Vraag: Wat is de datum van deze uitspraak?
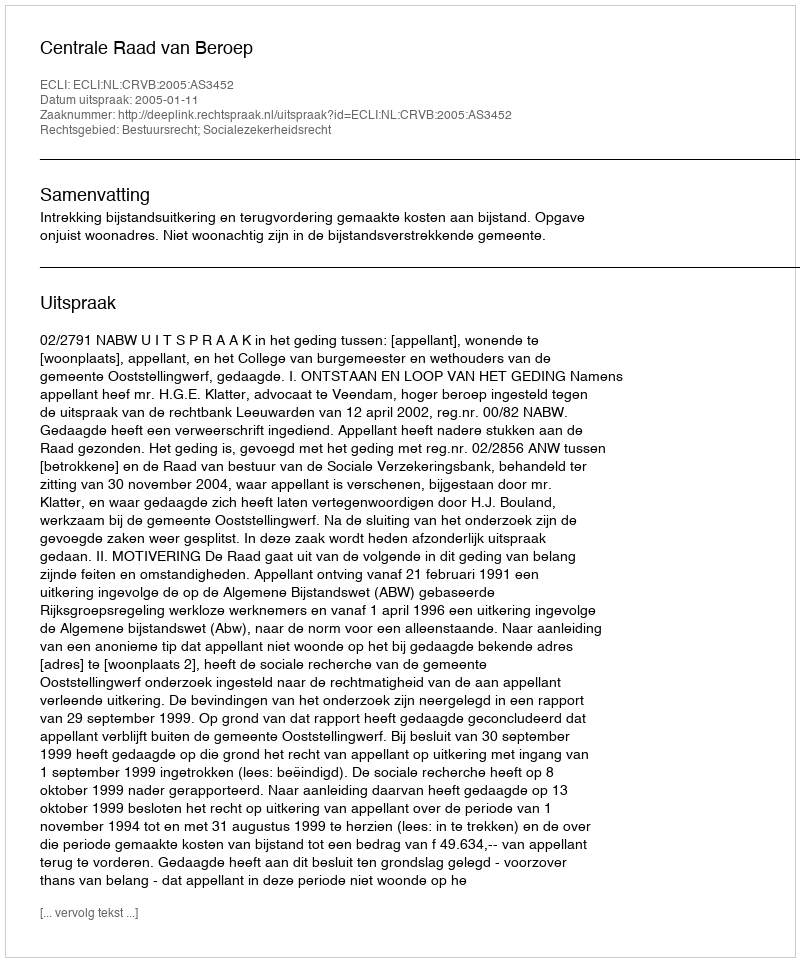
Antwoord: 2005-01-11